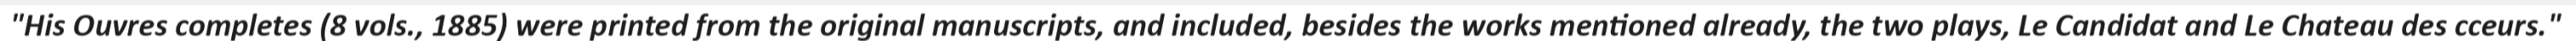
"His Ouvres completes (8 vols., 1885) were printed from the original manuscripts, and included, besides the works mentioned already, the two plays, Le Candidat and Le Chateau des cceurs."